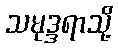
သမုဒ္ဒရာသို့